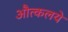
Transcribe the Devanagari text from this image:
औत्कलये